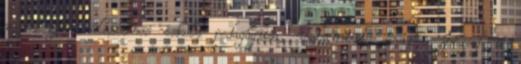
a beleznai általános iskola pedagógusa, valamint Sajni József a